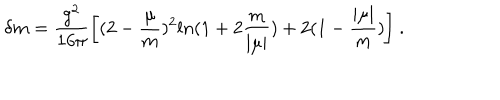
\delta m = \frac { g ^ { 2 } } { 1 6 \pi } \biggl [ ( 2 - \frac { \mu } { m } ) ^ { 2 } l n ( 1 + 2 \frac { m } { \mid \mu \mid } ) + 2 ( 1 - \frac { \mid \mu \mid } { m } ) \biggr ] \ .